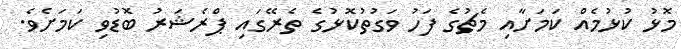
މޮޅު ކުޅުމެއް ކަމަށާއި މެޗުގެ ފަހު ވަގުތުކޮޅުގެ ތެރޭގައި ޕްރެޝަރު ބޮޑުވި ކަމަށެވެ.